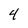
Character: 4